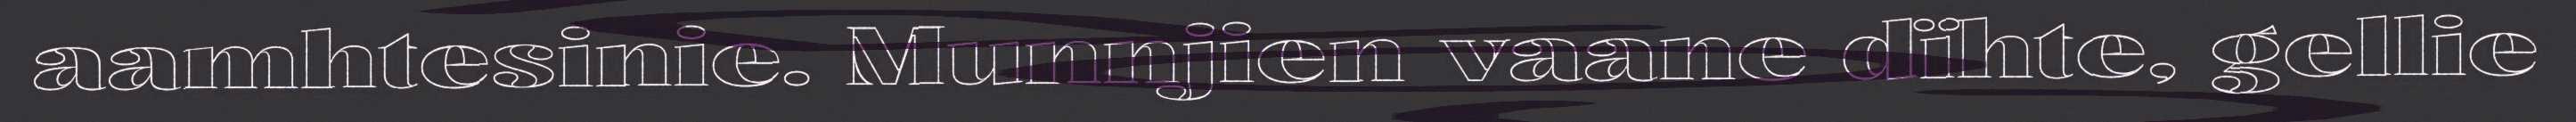
aamhtesinie. Munnjien vaane dïhte, gellie